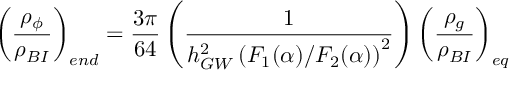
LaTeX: { \left( \frac { \rho _ { \phi } } { \rho _ { B I } } \right) _ { e n d } } = { \frac { 3 \pi } { 6 4 } } \left( { \frac { 1 } { h _ { G W } ^ { 2 } \left( F _ { 1 } ( \alpha ) / F _ { 2 } ( \alpha ) \right) ^ { 2 } } } \right) \left( { \frac { \rho _ { g } } { \rho _ { B I } } } \right) _ { e q }